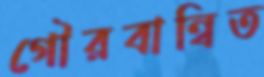
গৌরবান্বিত